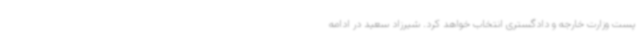
پست وزارت خارجه و دادگستری انتخاب خواهد کرد. شیرزاد سعید در ادامه